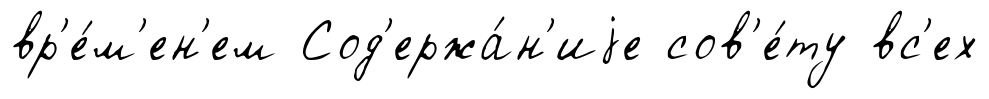
вр'е́м'ен'ем Сод'ержа́н'иjе сов'е́ту вс'ех